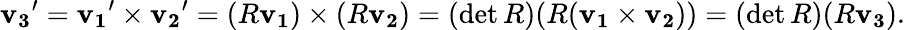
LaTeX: \mathbf{v_{3}}^{\prime}=\mathbf{v_{1}}^{\prime}\times\mathbf{v_{2}}^{\prime}=(R\mathbf{v_{1}})\times(R\mathbf{v_{2}})=(\operatorname*{det}R)(R(\mathbf{v_{1}}\times\mathbf{v_{2}}))=(\operatorname*{det}R)(R\mathbf{v_{3}}).